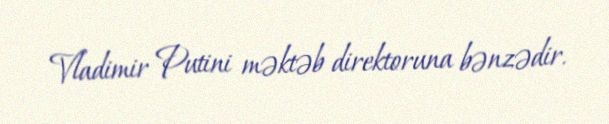
Vladimir Putini məktəb direktoruna bənzədir.